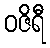
ဝဇိရီ